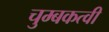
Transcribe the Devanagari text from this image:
चुम्बकत्वी